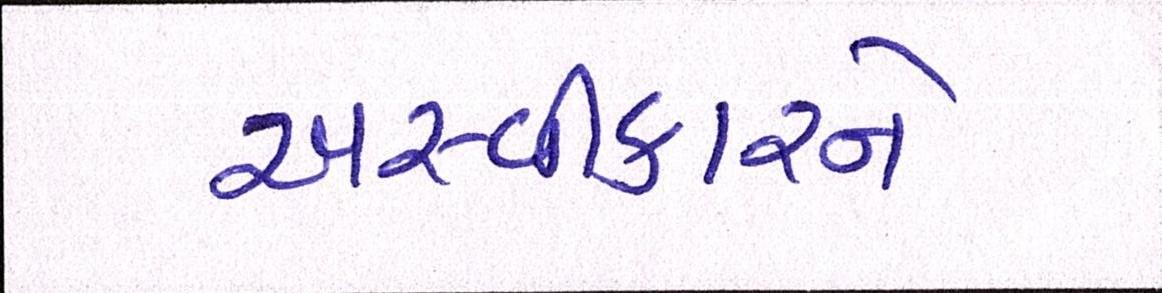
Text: અસ્વીકારને